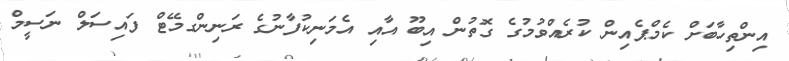
އިންތިހާބަށް ކެމްޕެއިން ކުރެއްވުމުގެ ގޮތުން އިބޫ އާއި އެމަނިކުފާނުގެ ރަނިންގމޭޓް ފައިސަލް ނަސީމް